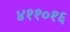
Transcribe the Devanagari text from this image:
४११०१६